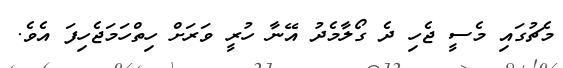
މެޗުގައި މެސީ ޖެހި ދެ ގޯލާމެދު އޭނާ ހުރީ ވަރަށް ހިތްހަމަޖެހިފަ އެވެ.